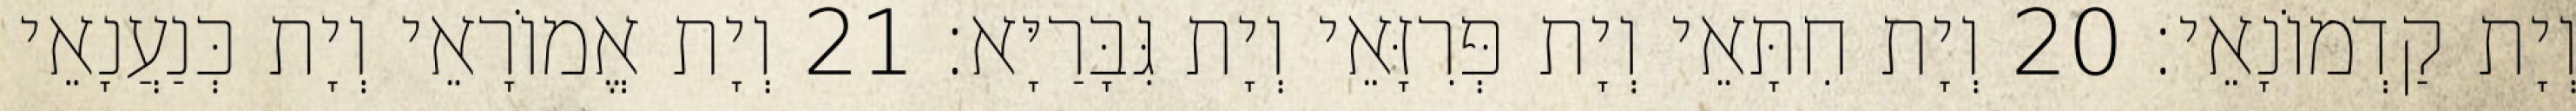
וְיָת קַדְמוֹנָאֵי׃ 20 וְיָת חִתָּאֵי וְיָת פְּרִזָּאֵי וְיָת גִּבָּרַיָּא׃ 21 וְיָת אֱמוֹרָאֵי וְיָת כְּנַעֲנָאֵי